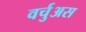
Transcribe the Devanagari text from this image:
वर्चुअस